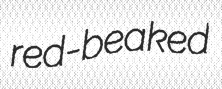
red-beaked